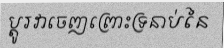
ប្តូរវាចេញព្រោះទ្រនាប់នៃ